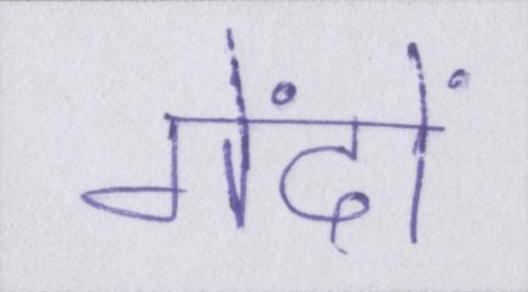
गेंदों